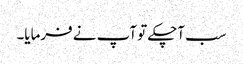
سب آچکے تو آپ نے فرمایا۔